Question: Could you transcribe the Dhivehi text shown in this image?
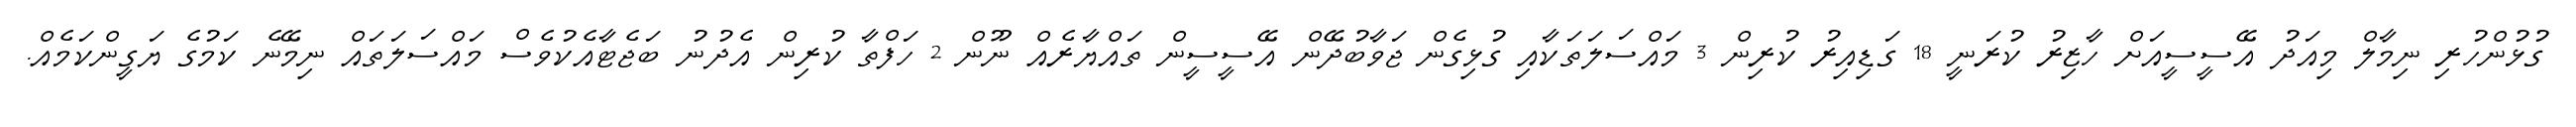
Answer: ގުޅުންހުރި ނިމާލް މިއަދު އޭސީސީއަށް ހާޒިރު ކުރަނީ 18 ގަޑިއިރު ކުރިން 3 މައްސަލަތަކާއި ގުޅިގެން ޖަވާބުދޭން އޭސީސީން ތައްޔާރެއް ނޫން 2 ހަފްތާ ކުރިން އެދުނު ބަޖެޓާއެކުވެސް މައްސަލަތައް ނިމޭނެ ކަމުގެ ޔަގީންކަމެއް.